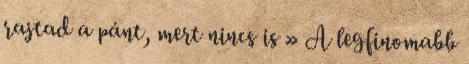
rajtad a pánt, mert nincs is » A legfinomabb